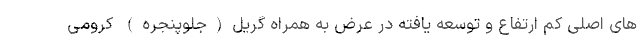
های اصلی کم ارتفاع و توسعه یافته در عرض به همراه گریل(جلوپنجره) کرومی